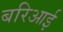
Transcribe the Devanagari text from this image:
बरिआई